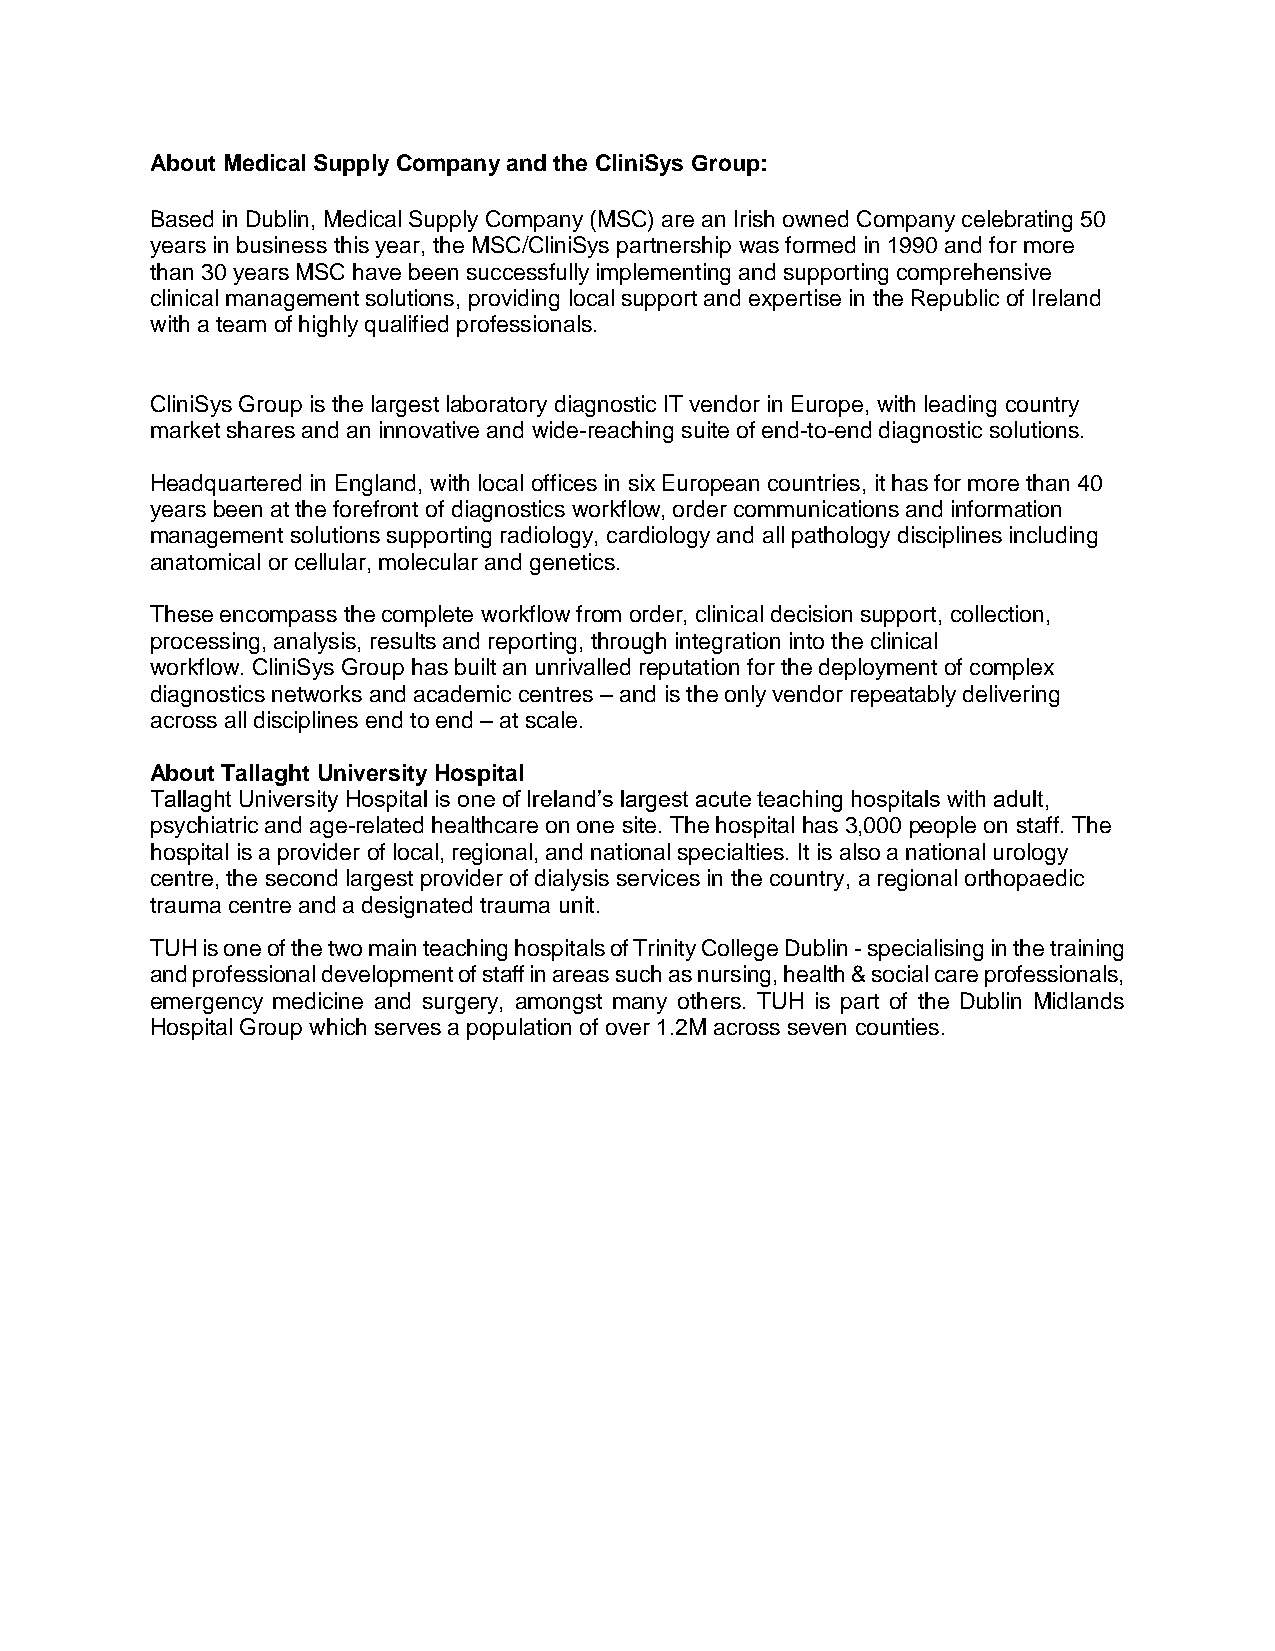
About Medical Supply Company and the CliniSys Group:
 Based in Dublin, Medical Supply Company (MSC) are an Irish owned Company celebrating 50
 years in business this year, the MSC/CliniSys partnership was formed in 1990 and for more
 than 30 years MSC have been successfully implementing and supporting comprehensive
 clinical management solutions, providing local support and expertise in the Republic of Ireland
 with a team of highly qualified professionals.
 CliniSys Group is the largest laboratory diagnostic IT vendor in Europe, with leading country
 market shares and an innovative and wide-reaching suite of end-to-end diagnostic solutions.
 Headquartered in England, with local offices in six European countries, it has for more than 40
 years been at the forefront of diagnostics workflow, order communications and information
 management solutions supporting radiology, cardiology and all pathology disciplines including
 anatomical or cellular, molecular and genetics.
 These encompass the complete workflow from order, clinical decision support, collection,
 processing, analysis, results and reporting, through integration into the clinical
 workflow. CliniSys Group has built an unrivalled reputation for the deployment of complex
 diagnostics networks and academic centres – and is the only vendor repeatably delivering
 across all disciplines end to end – at scale.
 About Tallaght University Hospital
 Tallaght University Hospital is one of Ireland’s largest acute teaching hospitals with adult,
 psychiatric and age-related healthcare on one site. The hospital has 3,000 people on staff. The
 hospital is a provider of local, regional, and national specialties. It is also a national urology
 centre, the second largest provider of dialysis services in the country, a regional orthopaedic
 trauma centre and a designated trauma unit.
 TUH is one of the two main teaching hospitals of Trinity College Dublin - specialising in the training
 and professional development of staff in areas such as nursing, health & social care professionals,
 emergency medicine and surgery, amongst many others. TUH is part of the Dublin Midlands
 Hospital Group which serves a population of over 1.2M across seven counties.